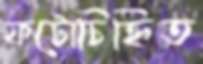
ফটোচিহ্নিত